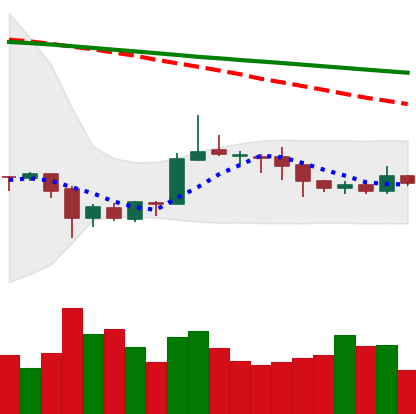
Ticker: ETC-USD
Chart end date: 2020-10-07
Forward return: 5.552%
Label: up_5_7